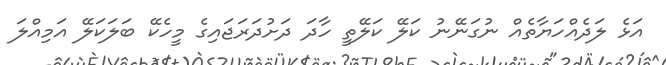
އަޅެ ލަދެއްހަޔާތެއް ނުގަނޭނު ކަލޭ ކަލޭތީ ހާދަ ދަށުދަރަޖައިގެ މީހެކޭ ބަލަކަލޭ އަމިއްލަ